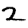
Digit: 2